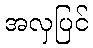
အလှပြင်